Report on sanitation, dispensaries, and jails in Rajputana for 1918, and on vaccination for the year 1918-1919 - 1918-1919
Year: 1918
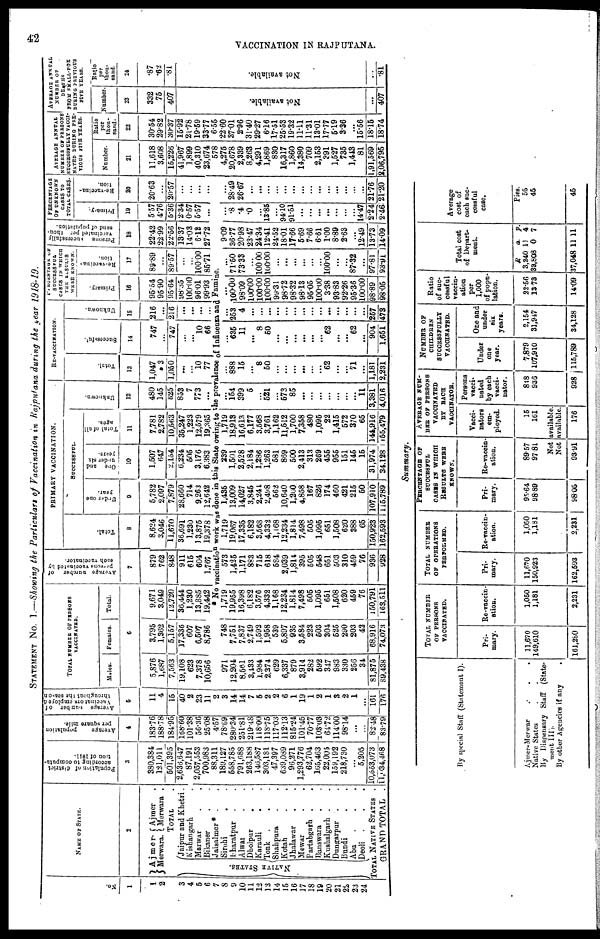
42
VACCINATION IN RAJPUTANA.
STATEMENT No. 1.—Showing the Particulars of Vaccination in Rajputana during the year 1918-19.
No.
1
1
2
3
4
5
6
7
8
9
10
11
12
13
14
15
16
17
18
19
20
21
22
23
24
NAME OF STATE.
2
Ajmer¬
Merwara.
NATIVE STATES.
Ajmer .
Merwara .
TOTAL .
Jaipur and Khetri.
Kishangarh .
Marwar . .
Bikaner . .
Jaisalmer * . .
Sirohi . .
Bharatpur . .
Alwar . .
Dholpur
. .
Karauli
. .
Tonk . . .
Shahpura . .
Kotah . .
Jhalawar . .
Mewar . .
Partabgarh . .
Banswara . .
Kushalgarh . .
Dungarpur . .
Bundi . .
Abu
. . .
Deoli . . .
TOTAL NATIVE STATES .
GRAND TOTAL .
Population of district
according to computa-
tion of 1911.
3
380,384
121,011
501,395
2,636,647
87,191
2,057,553
700,983
88,311
189,127
558,785
791,688
263,188
146,587
303,181
47,397
639,089
96,271
1,293,776
62,704
165,463
22,005
159,192
218,730
...
5,205
10,553,073
11,034,468
Average
population
per square mile.
4
183.76
188.78
184.95
168.60
101.38
56.36
25.08
4.57
78.69
280.34
251.81
219.48
118.00
118.75
117.03
112.13
815.24
101.45
70.77
103.03
64.72
114.00
98.14
...
...
82.48
83.79
Average
number of
Vaccinators employed
throughout the season
5
11
4
15
40
2
23
11
2
3
14
14
7
5
2
2
6
1
19
1
2
1
3
2
1
...
161
176
TOTAL NUMBER OF PERSONS
VACCINATED.
Males.
Females.
Total.
6
5,876
1,687
7,563
19,108
623
7,378
10,656
3,795
1,362
5,157
17,336
607
6,507
8,786
9,671
3,049
12,720
36,444
1,230
13,885
19,442
Average number of
persons
vaccinated by
each vaccinator.
7
879
762
848
911
615
604
1,767
PRIMARY VACCINATION.
Total.
8
8,624
3,046
11,670
36,691
1,230
13,875
19,378
SUCCESSFUL.
Under one
year.
9
5,782
2,097
7,879
28,660
714
9,263
12,642
One and
under six
years.
10
1,507
647
2,154
6,234
505
3,176
6,383
Total of all
ages.
11
7,781
2,782
10,563
35,247
1,223
12,579
19,365
Unknown.
12
480
145
625
853
7
773
...
RE-VACCINATION.
Total.
13
1,047
3
1,050
...
...
10
77
Successful.
14
747
...
747
...
...
10
66
Unknown.
15
216
...
216
...
...
...
...
PERCENTAGE OF
SUCCESSFUL
CASES IN WHICH
THE RESULTS
WERE KNOWN.
Primary.
16
95.54
95.90
95.64
98.35
100.00
96.01
99.93
Re-vaccina-
tion.
17
89.89
...
89.57
...
...
100.00
85.71
Persons successfully
vaccinated per thou-
sand of population.
18
22.42
22.99
22.56
13.37
14.03
6.12
27.72
PERCENTAGE
OF UNKNOWN
CASES TO
TOTAL CASES.
Primary.
19
5.57
4.76
5.36
2.34
0.57
5.57
...
Re-vaccina¬
tion.
20
20.63
...
20.57
...
...
...
...
* No vaccination work was done in this State owing to the prevalence of Influenza and Famine.
971
12,204
8,561
3,433
1,984
2,374
629
6,337
879
3,914
282
592
317
983
330
256
34
81,875
89,438
748
7,751
7,837
2,749
1,592
1,958
539
5,897
935
3,584
223
503
304
525
290
203
42
68,916
74,073
1,719
19,955
16,398
6,182
3,576
4,332
1,168
12,234
1,814
7,498
505
1,095
651
1,508
620
459
76
150,791
163,511
573
1,425
1,171
883
715
618
584
2,039
1,814
395
505
548
651
503
310
459
76
936
928
1,719
19,067
17,335
6,182
3,568
4,332
1,168
12,234
1,814
7,498
505
1,095
651
1,508
620
388
65
150,923
162,593
1,435
13,009
14,027
3,845
2,244
2,498
562
10,640
1,200
4,858
167
826
174
460
421
215
50
107,910
115,789
239
1,501
2,528
2,184
1,286
1,263
581
869
500
2,413
313
269
455
955
151
145
15
31,974
34,128
1,719
18,913
16,613
6,177
3,568
3,761
1,162
11,512
1,700
7,358
480
1,095
22
1,415
572
370
65
144,916
155,479
...
154
399
5
...
521
...
573
85
...
...
...
...
...
...
...
11
3,381
4,016
...
888
15
...
8
50
...
...
...
...
...
...
62
...
...
71
...
1,181
2,231
...
635
11
...
8
50
...
...
...
...
...
...
62
...
...
62
...
904
1,651
...
253
4
...
...
...
...
...
...
...
...
...
...
...
...
...
...
257
473
...
100.00
98.09
100.00
100.00
100.00
99.31
98.72
98.32
98.13
95.05
100.00
3.38
93.83
92.26
95.36
100.00
98.89
98.05
...
71.50
73.33
...
100.00
100.00
...
...
...
...
...
...
100.00
...
...
87.32
...
97.81
93.91
9.09
36.77
20.98
23.47
24.34
12.41
24.52
18.01
17.66
5.69
7.66
6.61
1.00
8.89
2.63
...
12.49
13.73
14.09
...
.8
.4
.0
...
13.85
...
94.10
91.51
...
...
...
...
...
...
...
14.47
2.24
2.46
...
28.49
26.67
...
...
...
...
...
...
...
...
...
...
...
...
...
...
21.76
21.20
AVERAGE ANNUAL
NUMBER OF PERSONS
SUCCESSFULLY VACCI¬
NATED DURING PRE¬
VIOUS FIVE YEARS.
Number.
21
11,618
3,608
15,226
41,967
1,899
40,310
23,674
578
4,275
20,678
2,339
8,263
4,291
1,869
830
16,317
1,860
14,380
709
2,153
391
1,527
735
1,443
81
1,91,569
2,06,795
Ratio
per
thou¬
sand.
22
30.54
29.82
30.37
15.92
21.78
19.59
33.77
6.55
22.60
37.01
2.96
31.40
29.27
6.16
17.51
25.53
19.32
11.11
11.31
13.01
17.77
5.19
3.36
...
15.56
18.15
18.74
AVERAGE ANNUAL
NUMBER OF
DEATHS
FROM SMALL-POX
DURING PREVIOUS
FIVE YEARS.
Number.
23
332
75
407
Not available.
...
407
Ratio
per
thou-
sand.
24
.87
.62
.81
Not available.
...
.81
Summary.
By special Staff (Statement I).
Ajmer-Merwar . . .
Native States . .
By Dispensary Staff (State-
ment III).
By other Agencies if any
.
TOTAL NUMBER
OF PERSONS
VACCINATED.
Pri-
mary.
11,670
149,610
161,280
Re-vaccin-
ation.
1,050
1,181
2,231
TOTAL NUMBER
OF OPERATIONS
PERFORMED.
Pri¬
mary.
11,670
150,923
162,593
Re-vaccin-
ation.
1,050
1,181
2,231
PERCENTAGE OF
SUCCESFUL
CASES IN WHICH
RESULTS WERE
KNOWN.
Pri-
mary.
95.64
98.89
98.05
Re-vaccin-
ation.
89.57
97.81
AVERAGE NUM¬
BER OF PERSONS
VACCINATED
BY EACH
VACCINATOR.
Vacci¬
nators
em-
ployed.
15
161
Not available.
Not available.
93.91
176
Persons
vacci-
nated
by each
vacci-
nator.
818
936
928
NUMBER OF
CHILDREN
SUCCESSFULLY
VACCINATED.
Under
one
year.
7,879
107,910
115,789
One and
under
six
years.
2,154
31,947
34,128
Ratio
of suc-
cessful
vaccin-
ation
per
1,000
of popu-
lation.
22.56
13.73
14.09
Total coat
of Depart-
ment.
R
3,240
39,808
a.
11
0
p.
4
7
37,048 11 11
Average
cost of
each suc-
cessful
case.
Pies.
55
45
45